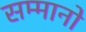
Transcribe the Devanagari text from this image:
सम्मानो